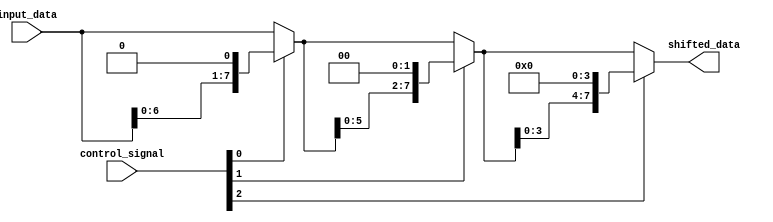
module barrel_shifter(
    input wire [7:0] input_data,
    input wire [2:0] control_signal,
    output reg [7:0] shifted_data
);

reg [7:0] node0_output;
reg [7:0] node1_output;
reg [7:0] node2_output;
reg [7:0] node3_output;

always @(*)
begin
    node0_output = (control_signal[0]) ? input_data << 1 : input_data;
    node1_output = (control_signal[1]) ? node0_output << 2 : node0_output;
    node2_output = (control_signal[2]) ? node1_output << 4 : node1_output;
    node3_output = node2_output;
end

assign shifted_data = node3_output;

endmodule